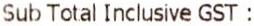
SUB TOTAL INCLUSIVE GST :